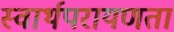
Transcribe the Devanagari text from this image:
स्वार्थपरायणता